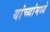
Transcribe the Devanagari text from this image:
यांच्यांमध्ये